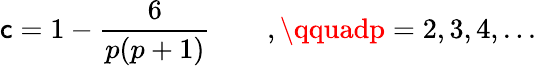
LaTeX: \mathsf{c}=1-\frac{{6}}{{p(p+1)}}\qquad,\qquadp=2,3,4,...